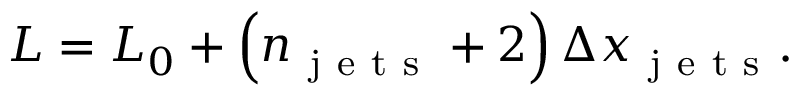
L = L _ { 0 } + \left( n _ { \mathrm { ~ j ~ e ~ t ~ s ~ } } + 2 \right) \Delta x _ { \mathrm { ~ j ~ e ~ t ~ s ~ } } .